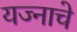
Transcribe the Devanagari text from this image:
यज्नाचे